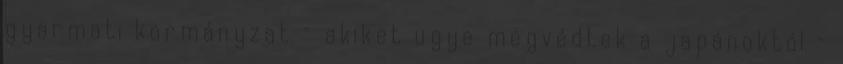
gyarmati kormányzat – akiket ugye megvédtek a japánoktól –